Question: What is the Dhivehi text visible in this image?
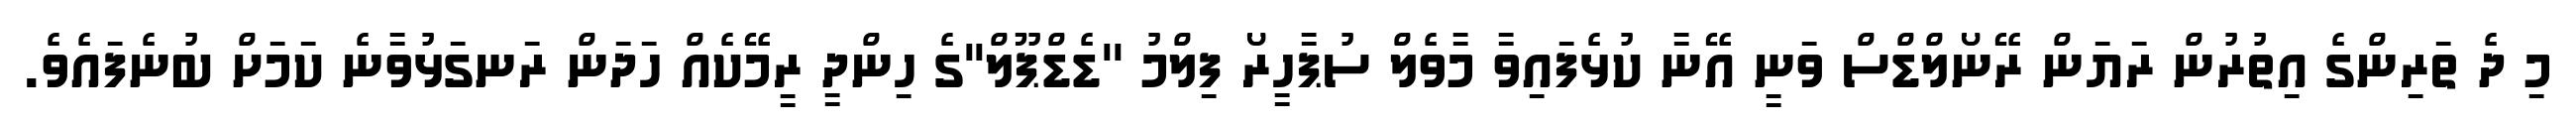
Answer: މި ދެ ތަރިންގެ އިތުރުން ރަޔަން ރޭނޯލްޑްސް ވަނީ އޭނާ ކުޅެފައިވާ މާވެލް ސުޕާހީރޯ ފިލްމު ''ޑެޑްޕޫލް''ގެ ހިންދީ ރީމޭކެއް ހަދަން ރަނގަޅުވާނެ ކަމަށް ބުނެފައެވެ.